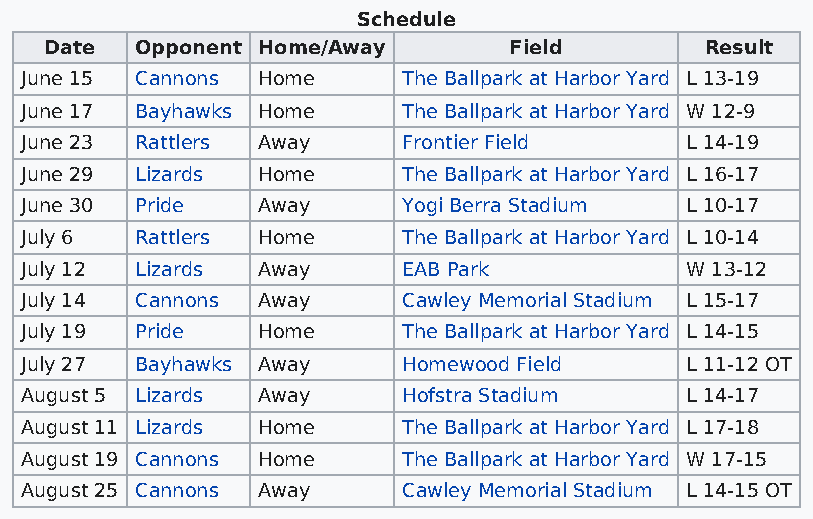
Schedule
 Date  Opponent Home/Away       Field        Result
 June 15 Cannons Home      The Ballpark at Harbor Yard L 13-19
 June 17 Bayhawks Home     The Ballpark at Harbor Yard W 12-9
 June 23 Rattlers Away     Frontier Field    L 14-19
 June 29 Lizards Home      The Ballpark at Harbor Yard L 16-17
 June 30 Pride   Away      Yogi Berra Stadium L 10-17
 July 6  Rattlers Home     The Ballpark at Harbor Yard L 10-14
 July 12 Lizards Away      EAB Park          W 13-12
 July 14 Cannons Away      Cawley Memorial Stadium L 15-17
 July 19 Pride   Home      The Ballpark at Harbor Yard L 14-15
 July 27 Bayhawks Away     Homewood Field    L 11-12 OT
 August 5 Lizards Away     Hofstra Stadium   L 14-17
 August 11 Lizards Home    The Ballpark at Harbor Yard L 17-18
 August 19 Cannons Home    The Ballpark at Harbor Yard W 17-15
 August 25 Cannons Away    Cawley Memorial Stadium L 14-15 OT